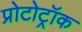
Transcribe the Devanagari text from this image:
प्रोटोट्रॉक